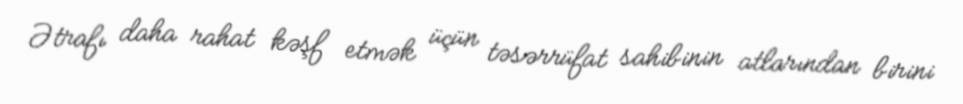
Ətrafı daha rahat kəşf etmək üçün təsərrüfat sahibinin atlarından birini